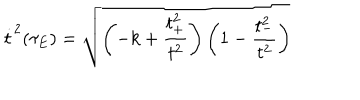
\dot { t } ^ { 2 } ( \tau _ { E } ) = \sqrt { \left( - k + \frac { t _ { + } ^ { 2 } } { t ^ { 2 } } \right) \left( 1 - \frac { t _ { - } ^ { 2 } } { t ^ { 2 } } \right) }